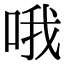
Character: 哦